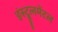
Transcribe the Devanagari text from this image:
इंस्ट्रूलमेंटल